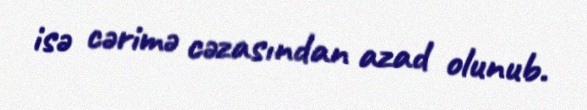
isə cərimə cəzasından azad olunub.